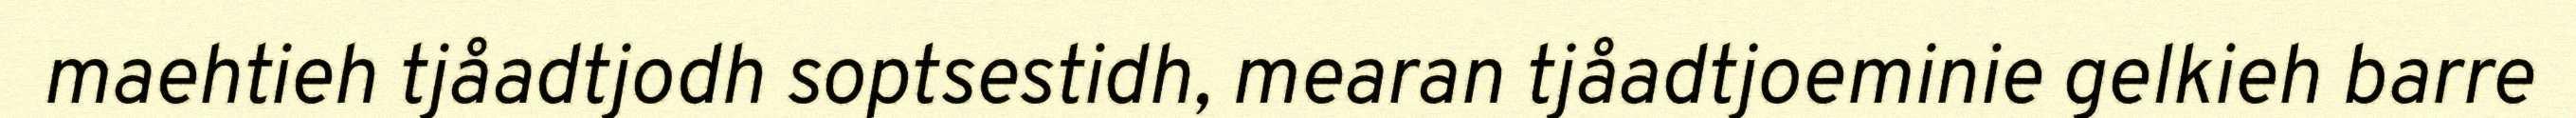
maehtieh tjåadtjodh soptsestidh, mearan tjåadtjoeminie gelkieh barre